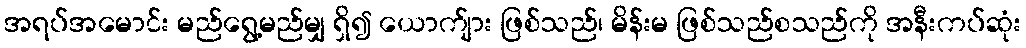
အရပ်အမောင်း မည်ရွေ့မည်မျှ ရှိ၍ ယောက်ျား ဖြစ်သည်၊ မိန်းမ ဖြစ်သည်စသည်ကို အနီးကပ်ဆုံး